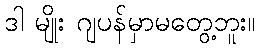
ဒါ မျိုး ဂျပန်မှာမတွေ့ဘူး။